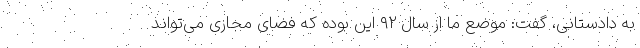
به دادستانی، گفت: موضع ما از سال ۹۲ این بوده که فضای مجازی می‌تواند